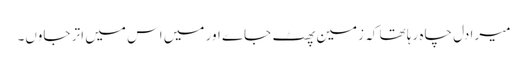
میرا دل چاہ رہا تھا کہ زمین پھٹ جاے اور میں اس میں اتر جاوں۔